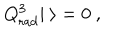
Q _ { \mathrm { r a d } } ^ { 3 } | \ \rangle = 0 \ ,